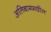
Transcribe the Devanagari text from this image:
अलिबागमधील